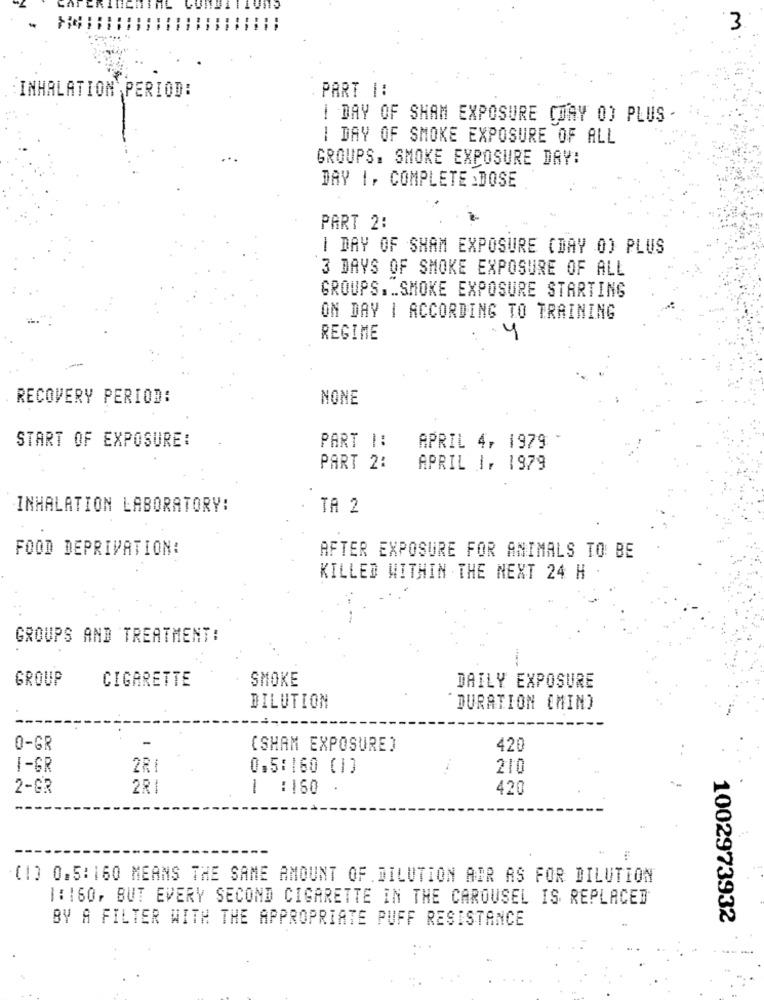
3
INHALATION PERIOD:
PART 1:
I DAY OF SHAM EXPOSURE COAY OD PLUS
1 DAY OF SMOKE EXPOSURE OF ALL
GROUPS. SMOKE EXPOSURE DAY:
DAY 1, COMPLETE .DOSE
PART 2:
I DAY OF SHAM EXPOSURE (DAY 0) PLUS
3 DAYS OF SMOKE EXPOSURE OF ALL
GROUPS .. SMOKE EXPOSURE STARTING
ON DAY | ACCORDING TO TRAINING
REGIME
RECOVERY PERIOD:
NONE
START OF EXPOSURE:
PART 1:
APRIL 4, 1979
PART 2:
APRIL 1, 1979
INHALATION LABORATORY:
TA 2
FOOD DEPRIVATION:
AFTER EXPOSURE FOR ANIMALS TO BE
KILLED WITHIN THE NEXT 24 H
GROUPS AND TREATMENT:
GROUP
CIGARETTE
SMOKE
DAILY EXPOSURE
DILUTION
DURATION EMIN)
0-GR
(SHAM EXPOSURE)
420
I-GR
2RI
0.5:160 (1]
210
2-GR
2RI
1
:150
420
(1) 0.5:160 MEANS THE SAME AMOUNT OF DILUTION AIR AS FOR DILUTION
1:160, BUT EVERY SECOND CIGARETTE IN THE CAROUSEL IS REPLACED
BY A FILTER WITH THE APPROPRIATE PUFF RESISTANCE
1002973932